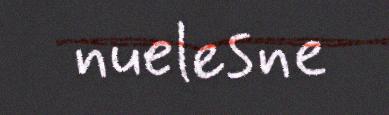
nuelesne